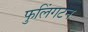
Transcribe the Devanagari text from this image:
फुलिंगटन